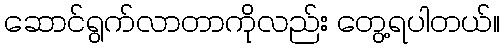
ဆောင်ရွက်လာတာကိုလည်း တွေ့ရပါတယ်။